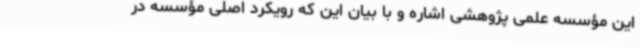
این مؤسسه علمی پژوهشی اشاره و با بیان این که رویکرد اصلی مؤسسه در